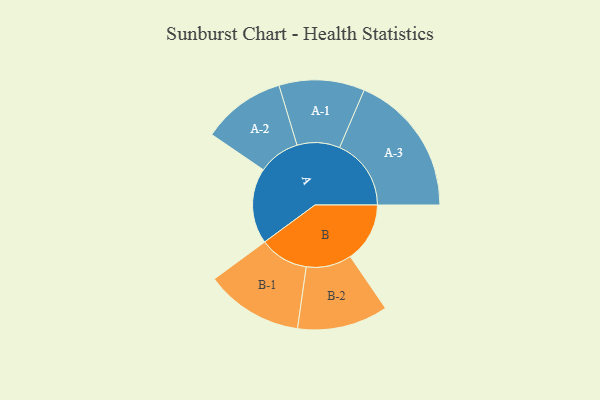
{"axis": {"x": "Segment", "y": "Value"}, "legend": ["", "A", "B"], "data": [{"x": "A", "y": 283, "type": ""}, {"x": "B", "y": 223, "type": ""}, {"x": "A-1", "y": 160, "type": "A"}, {"x": "A-2", "y": 156, "type": "A"}, {"x": "A-3", "y": 268, "type": "A"}, {"x": "B-1", "y": 183, "type": "B"}, {"x": "B-2", "y": 170, "type": "B"}]}